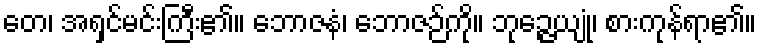
တေ၊ အရှင်မင်းကြီး၏။ ဘောဇနံ၊ ဘောဇဉ်ကို။ ဘုဉ္ဇေယျုံ၊ စားကုန်ရာ၏။